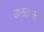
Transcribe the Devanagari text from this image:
उलटपलट